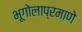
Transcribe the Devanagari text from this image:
भूगोलाप्रमाणे